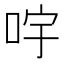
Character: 𠱶